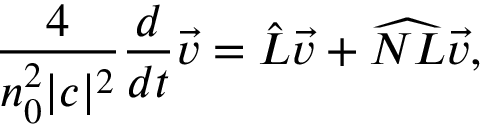
\frac { 4 } { n _ { 0 } ^ { 2 } | c | ^ { 2 } } \frac { d } { d t } \Vec { v } = \hat { L } \Vec { v } + \widehat { N L } \Vec { v } ,